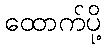
ထောက်ပို့